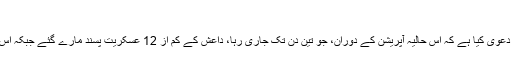
‘‘
ایسوسی ایٹڈ پریس نے لکھا ہے کہ پاکستانی فوج کے دعویٰ کیا ہے کہ اس حالیہ آپریشن کے دوران، جو تین دن تک جاری رہا، داعش کے کم از 12 عسکریت پسند مارے گئے جبکہ اس کارروائی میں پانچ پاکستانی فوجی زخمی بھی ہوئے۔